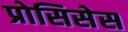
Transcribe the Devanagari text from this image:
प्रोसिसेस